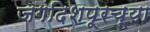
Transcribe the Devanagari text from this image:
जगदिशपूरच्या